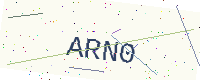
Text: ARN0